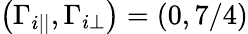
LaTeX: \left(\Gamma_{i||},\Gamma_{i\perp}\right)=\left(0,7/4\right)